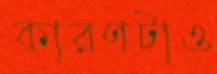
কারণটাও